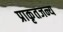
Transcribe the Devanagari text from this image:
प्राकृतजन्य